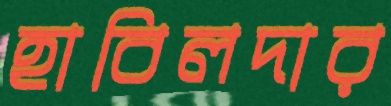
হাবিলদার